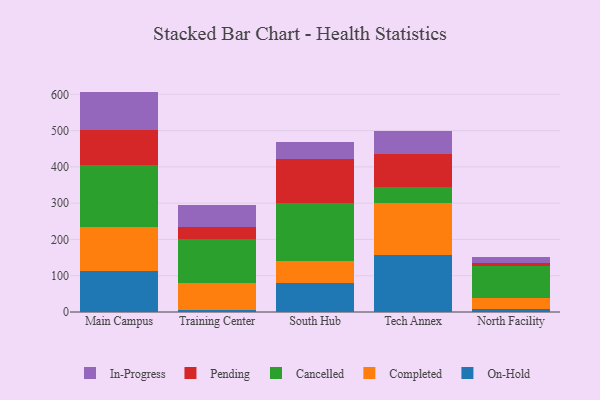
{"axis": {"x": "Campus", "y": "Active Users"}, "legend": ["Cancelled", "Completed", "In-Progress", "On-Hold", "Pending"], "data": [{"x": "Main Campus", "y": 113.3, "type": "On-Hold"}, {"x": "Main Campus", "y": 120.9, "type": "Completed"}, {"x": "Main Campus", "y": 170.8, "type": "Cancelled"}, {"x": "Main Campus", "y": 95.7, "type": "Pending"}, {"x": "Main Campus", "y": 106.8, "type": "In-Progress"}, {"x": "Training Center", "y": 5.5, "type": "On-Hold"}, {"x": "Training Center", "y": 74.3, "type": "Completed"}, {"x": "Training Center", "y": 121.0, "type": "Cancelled"}, {"x": "Training Center", "y": 32.7, "type": "Pending"}, {"x": "Training Center", "y": 61.7, "type": "In-Progress"}, {"x": "South Hub", "y": 79.4, "type": "On-Hold"}, {"x": "South Hub", "y": 60.2, "type": "Completed"}, {"x": "South Hub", "y": 160.4, "type": "Cancelled"}, {"x": "South Hub", "y": 121.2, "type": "Pending"}, {"x": "South Hub", "y": 47.1, "type": "In-Progress"}, {"x": "Tech Annex", "y": 158.5, "type": "On-Hold"}, {"x": "Tech Annex", "y": 141.0, "type": "Completed"}, {"x": "Tech Annex", "y": 45.8, "type": "Cancelled"}, {"x": "Tech Annex", "y": 90.8, "type": "Pending"}, {"x": "Tech Annex", "y": 62.6, "type": "In-Progress"}, {"x": "North Facility", "y": 8.1, "type": "On-Hold"}, {"x": "North Facility", "y": 30.7, "type": "Completed"}, {"x": "North Facility", "y": 87.0, "type": "Cancelled"}, {"x": "North Facility", "y": 9.7, "type": "Pending"}, {"x": "North Facility", "y": 15.6, "type": "In-Progress"}]}